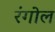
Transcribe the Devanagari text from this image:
रंगोल